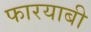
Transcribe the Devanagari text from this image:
फारयाबी